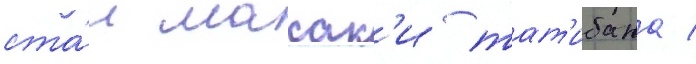
ста́л масак'и тат'ибана /